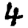
Digit: 4